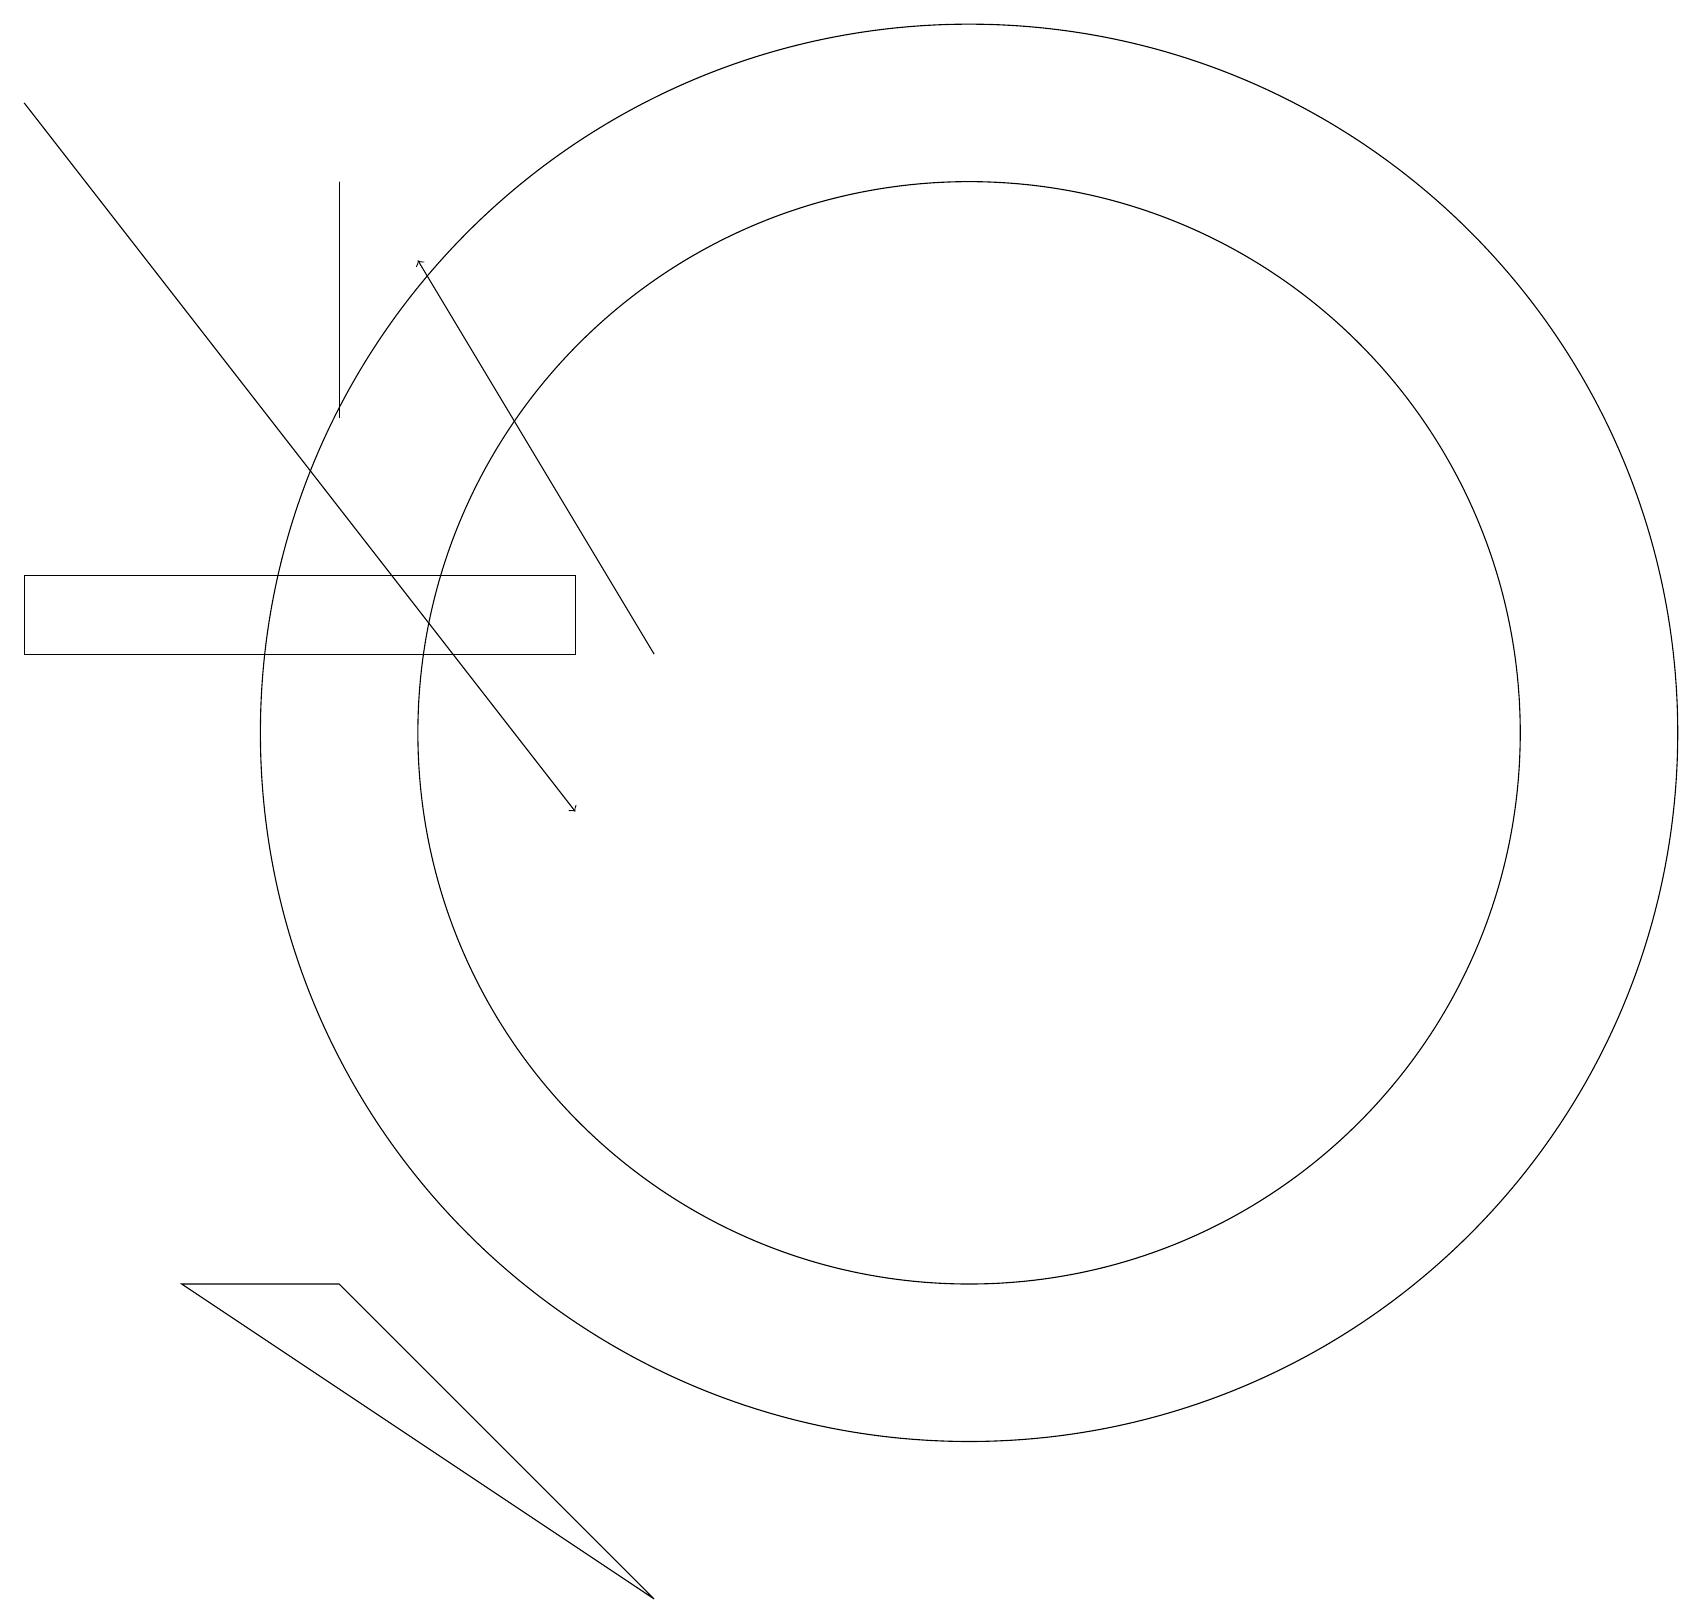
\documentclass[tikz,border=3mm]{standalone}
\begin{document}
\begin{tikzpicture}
\draw (4,4) -- (8,0) -- (2,4) -- cycle;
\draw (12,11) circle (9);
\draw[->] (0,19) -- (7,10);
\draw (7,12) rectangle (0,13);
\draw (12,11) circle (7);
\draw (4,15) rectangle (4,18);
\draw[->] (8,12) -- (5,17);
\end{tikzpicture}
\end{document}